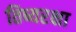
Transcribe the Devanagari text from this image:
तिष्यरक्षा